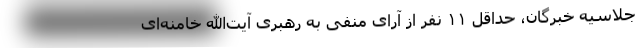
جلاسیه خبرگان، حداقل ۱۱ نفر از آرای منفی به رهبری آیت‌الله خامنه‌ای